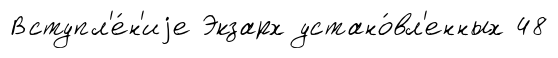
Вступл'е́н'иjе Экзарх устано́вл'енных 48